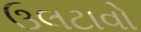
ઉલટાવો